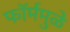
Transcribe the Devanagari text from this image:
फॉर्ममुळे